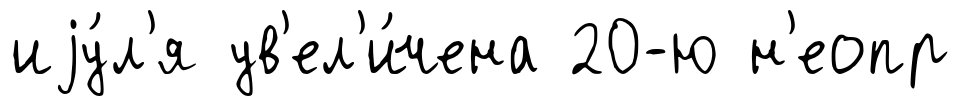
иjу́л'я ув'ел'и́чена 20-ю н'еопр